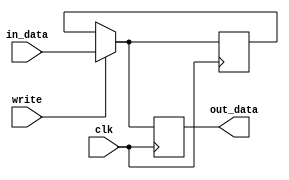
module register #(parameter SIZE=4)(
    input [SIZE-1:0] in_data,
    output [SIZE-1:0] out_data,
    input write,
    input clk
    );

reg [SIZE-1:0] value_d;
reg [SIZE-1:0] value_q;

assign out_data=value_q;

always @(posedge clk) begin
  if(write) begin
    value_d=in_data;
  end
  value_q = value_d;
end

endmodule